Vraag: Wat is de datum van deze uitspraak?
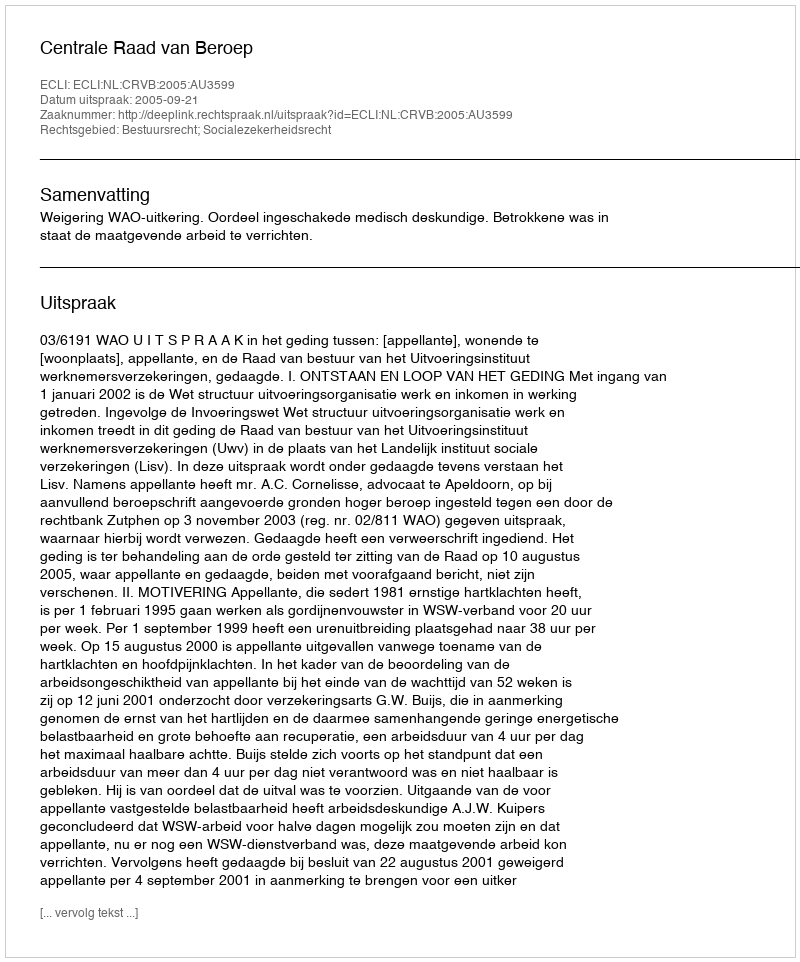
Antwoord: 2005-09-21